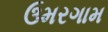
ઉમરગામ